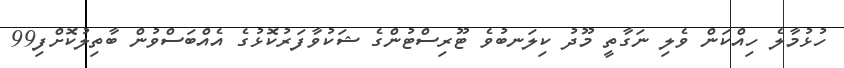
ހުޅުމާލެ ހިއްކަން ވެލި ނަގާތީ މޫދު ކިލަނބުވެ ޓޫރިސްޓުންގެ ޝަކުވާފަރުކޮޅުގެ އެއްބަސްވުން ބާތިލުކޮށްފި99